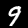
Label: 9